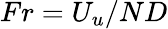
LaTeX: Fr=U_{u}/ND